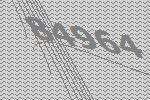
84964